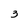
Character: 3